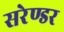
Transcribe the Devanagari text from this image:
सरेण्डर